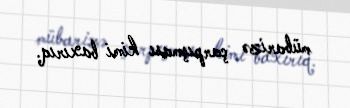
mübarizə çarpışması kimi baxırıq.